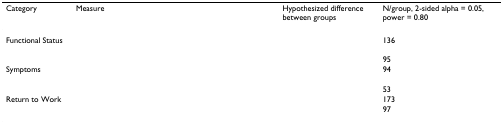
<table><thead><tr><td><b>Category</b></td><td><b>Measure</b></td><td><b>Hypothesized difference between groups</b></td><td><b>N/group, 2-sided alpha = 0.05, power = 0.80</b></td></tr></thead><tbody><tr><td>Functional Status</td><td>[EMPTY_CELL]</td><td>[EMPTY_CELL]</td><td>136</td></tr><tr><td>[EMPTY_CELL]</td><td>[EMPTY_CELL]</td><td>[EMPTY_CELL]</td><td>95</td></tr><tr><td>Symptoms</td><td>[EMPTY_CELL]</td><td>[EMPTY_CELL]</td><td>94</td></tr><tr><td>[EMPTY_CELL]</td><td>[EMPTY_CELL]</td><td>[EMPTY_CELL]</td><td>53</td></tr><tr><td>Return to Work</td><td>[EMPTY_CELL]</td><td>[EMPTY_CELL]</td><td>173</td></tr><tr><td>[EMPTY_CELL]</td><td>[EMPTY_CELL]</td><td>[EMPTY_CELL]</td><td>97</td></tr></tbody></table>